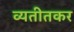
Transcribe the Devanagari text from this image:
व्यतीतकर